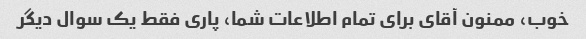
خوب، ممنون آقای برای تمام اطلاعات شما، پاری فقط یک سوال دیگر